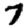
Digit: 7